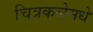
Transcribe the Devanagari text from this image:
चित्रकलेमधे